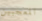
المعجبين